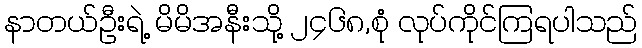
နာတယ်ဦးရဲ့ မိမိအနီးသို့ ၂၄၆၈,စုံ လုပ်ကိုင်ကြရပါသည်